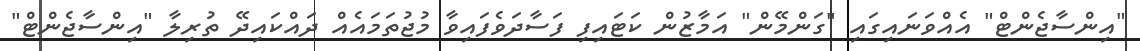
"އިންސާޖެންޓް" އެއްވަނައިގައި "ގަންމޭން" އަމާޒުން ކަޓައިފި ފަސާދަވެފައިވާ މުޖުތަމައެއް ދައްކައިދޭ ތުރިލާ "އިންސާޖެންޓް"